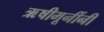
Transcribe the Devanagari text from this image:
ऋषीमूनींनी